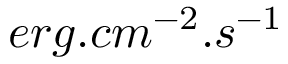
e r g . c m ^ { - 2 } . s ^ { - 1 }